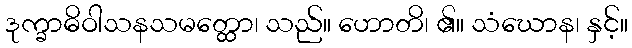
ဒုက္ခာဓိဝါသနသမတ္ထော၊ သည်။ ဟောတိ၊ ၏။ သံဃောန၊ နှင့်။